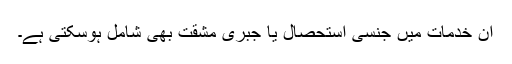
ان خدمات میں جنسی استحصال یا جبری مشقت بھی شامل ہوسکتی ہے۔